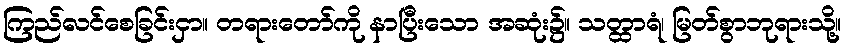
ကြည်လင်စေခြင်းငှာ။ တရားတော်ကို နာပြီးသော အဆုံး၌။ သတ္ထာရံ၊ မြတ်စွာဘုရားသို့။